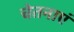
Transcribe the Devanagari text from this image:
चेतनाएं